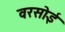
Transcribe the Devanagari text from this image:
वरसोई